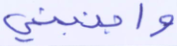
واجنبني